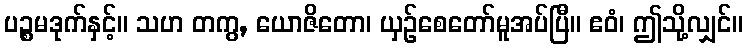
ပဉ္စမဒုက်နှင့်။ သဟ တကွ, ယောဇိတော၊ ယှဉ်စေတော်မူအပ်ပြီ။ ဧဝံ၊ ဤသို့လျှင်။